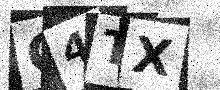
Text: G4TX